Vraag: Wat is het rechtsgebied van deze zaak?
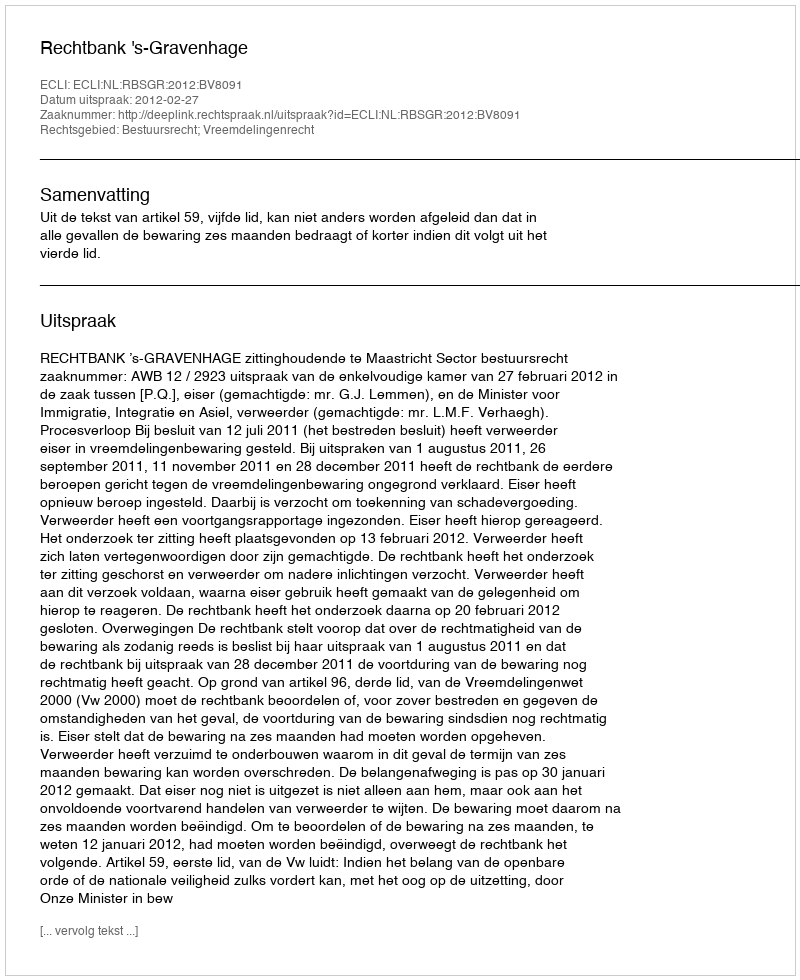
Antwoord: Bestuursrecht; Vreemdelingenrecht